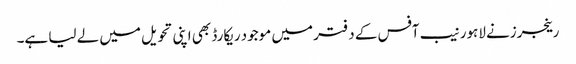
رینجرزنے لاہور نیب آفس کے دفتر میں موجود ریکارڈ بھی اپنی تحویل میں لے لیا ہے۔